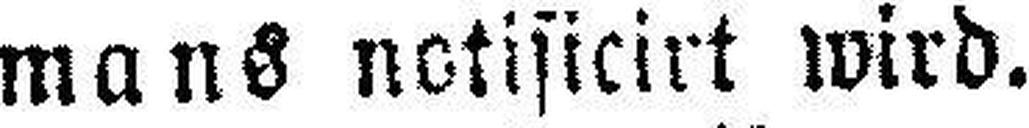
mans notificirt wird.